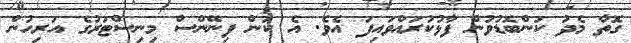
ގޮތާ މެދު ކަންބޮޑުވުން ފާޅުކުރައްވައިފަ އެވެ. އެ ކަން ފިނޭންސް މިނިސްޓަރުގެ އަރިހުން